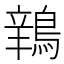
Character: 𫛅